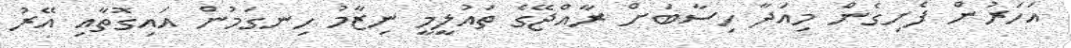
އަހަރުން ފެށިގެން މިއަދާ ހިސާބަށް ރާއްޖޭގެ ތައުލީމީ ނިޒާމު ހިނގަމުން އައިގޮތާއި އޭރު